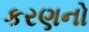
કરણનો